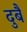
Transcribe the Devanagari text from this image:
दुबै